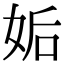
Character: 姤